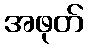
အဖုတ်